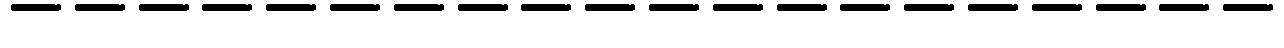
--------------------